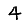
Digit: 4